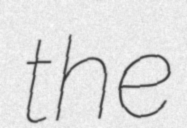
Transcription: the